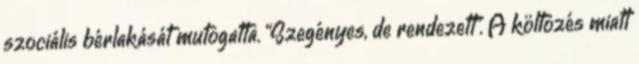
szociális bérlakását mutogatta. “Szegényes, de rendezett”. A költözés miatt